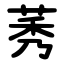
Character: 莠